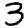
Digit: 3